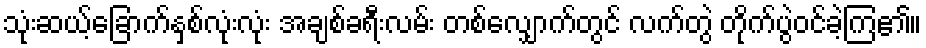
သုံးဆယ့်ခြောက်နှစ်လုံးလုံး အချစ်ခရီးလမ်း တစ်လျှောက်တွင် လက်တွဲ တိုက်ပွဲဝင်ခဲ့ကြ၏။